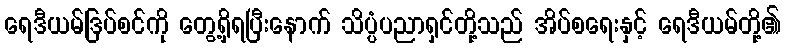
ရေဒီယမ်ဒြပ်စင်ကို တွေ့ရှိရပြီးနောက် သိပ္ပံပညာရှင်တို့သည် အိပ်စရေးနှင့် ရေဒီယမ်တို့၏